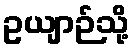
ဥယျာဉ်သို့